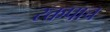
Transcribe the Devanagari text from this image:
रक्तपाच